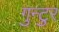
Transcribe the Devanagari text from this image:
गुन्टुर